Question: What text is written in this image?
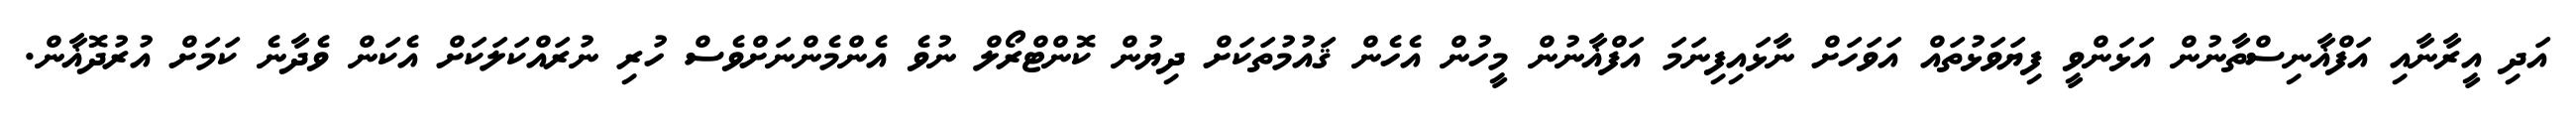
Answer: އަދި އީރާނާއި އަފްޣާނިސްތާނުން އަޅަންވީ ފިޔަވަޅުތައް އަވަހަށް ނާޅައިފިނަމަ އަފްޣާނުން މީހުން އެހެން ޤައުމުތަކަށް ދިޔުން ކޮންޓްރޯލް ނުވެ އެންމެންނަށްވެސް ހުރި ނުރައްކަލަކަށް އެކަން ވެދާނެ ކަމަށް އުރުދޮޣާން.